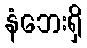
နံဘေးရှိ